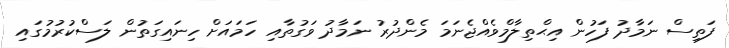
ފަތިސް ނަމާދު ފަހުން އިޙްތިލާމްވެއްޖެނަމަ މެންދުރު ނަމާދު ވަގުތާއި ހަމައަށް ހިނައިގަތުން ލަސްކުރުމުގައި